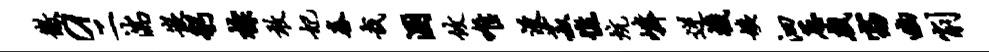
徽a二湍嵌躬棕敢妃舂哉溷攸唯没菽憔炕嶙逆机姨泗葱戏窈幽削